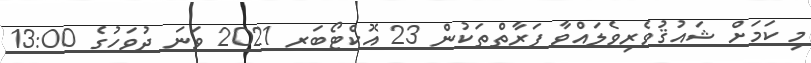
މި ކަމަށް ޝައުޤުވެރިވެލައްވާ ފަރާތްތަކުން 23 އޮކްޓޯބަރ 2021 ވަނަ ދުވަހުގެ 13:00